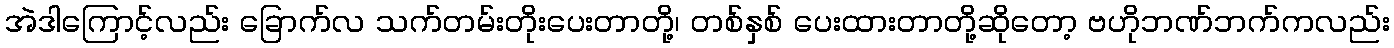
အဲဒါကြောင့်လည်း ခြောက်လ သက်တမ်းတိုးပေးတာတို့၊ တစ်နှစ် ပေးထားတာတို့ဆိုတော့ ဗဟိုဘဏ်ဘက်ကလည်း